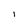
Character: l